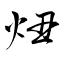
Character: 炄